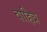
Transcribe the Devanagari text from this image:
वाहित्र